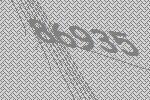
86935